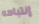
إنتباهه